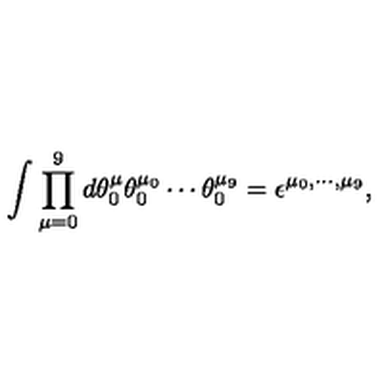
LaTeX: \int \prod _ { \mu = 0 } ^ { 9 } d \theta _ { 0 } ^ { \mu } \theta _ { 0 } ^ { \mu _ { 0 } } \cdots \theta _ { 0 } ^ { \mu _ { 9 } } = \epsilon ^ { \mu _ { 0 } , \cdots , \mu _ { 9 } } ,